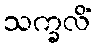
သက္ခလိံ